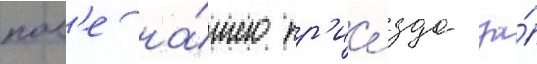
посл'е на́шего пр'ие́зда за́